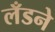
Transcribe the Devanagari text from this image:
लँडने